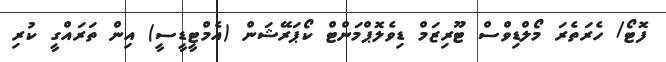
ފޮޓޯ/ ހެރަތެރަ މޯލްޑިވްސް ޓޫރިޒަމް ޑިވެލޮޕްމަންޓް ކޯޕަރޭޝަން (އެމްޓީޑީސީ) އިން ތަރައްގީ ކުރި